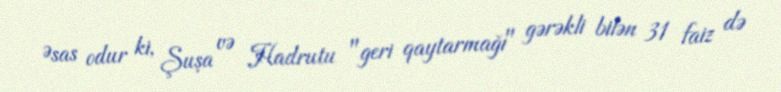
Əsas odur ki, Şuşa və Hadrutu "geri qaytarmağı" gərəkli bilən 31 faiz də